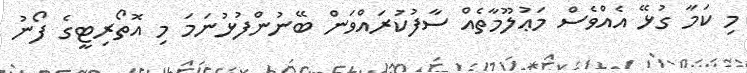
މި ކަމާ ގުޅޭ އެއްވެސް މަޢުލޫމާތެއް ސާފުކުރައްވަން ބޭނުންފުޅުނަމަ މި އޮތޯރިޓީގެ ފޯނު